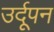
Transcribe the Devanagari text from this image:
उर्दूपन